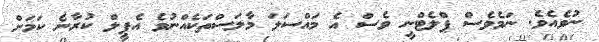
ނުވެއެވެ. ނަމެވެސް ޕްލެޓްނީ ވެސް އެ މައްސަލަ މާލަސްތަކެއްނުވެ އެޕީލް ކުރާނެ ކަމަށް